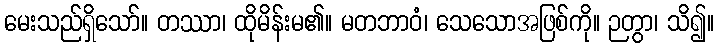
မေးသည်ရှိသော်။ တဿာ၊ ထိုမိန်းမ၏။ မတဘာဝံ၊ သေသောအဖြစ်ကို။ ဉတွာ၊ သိ၍။